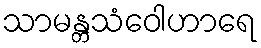
သာမန္တသံဝေါဟာရေ